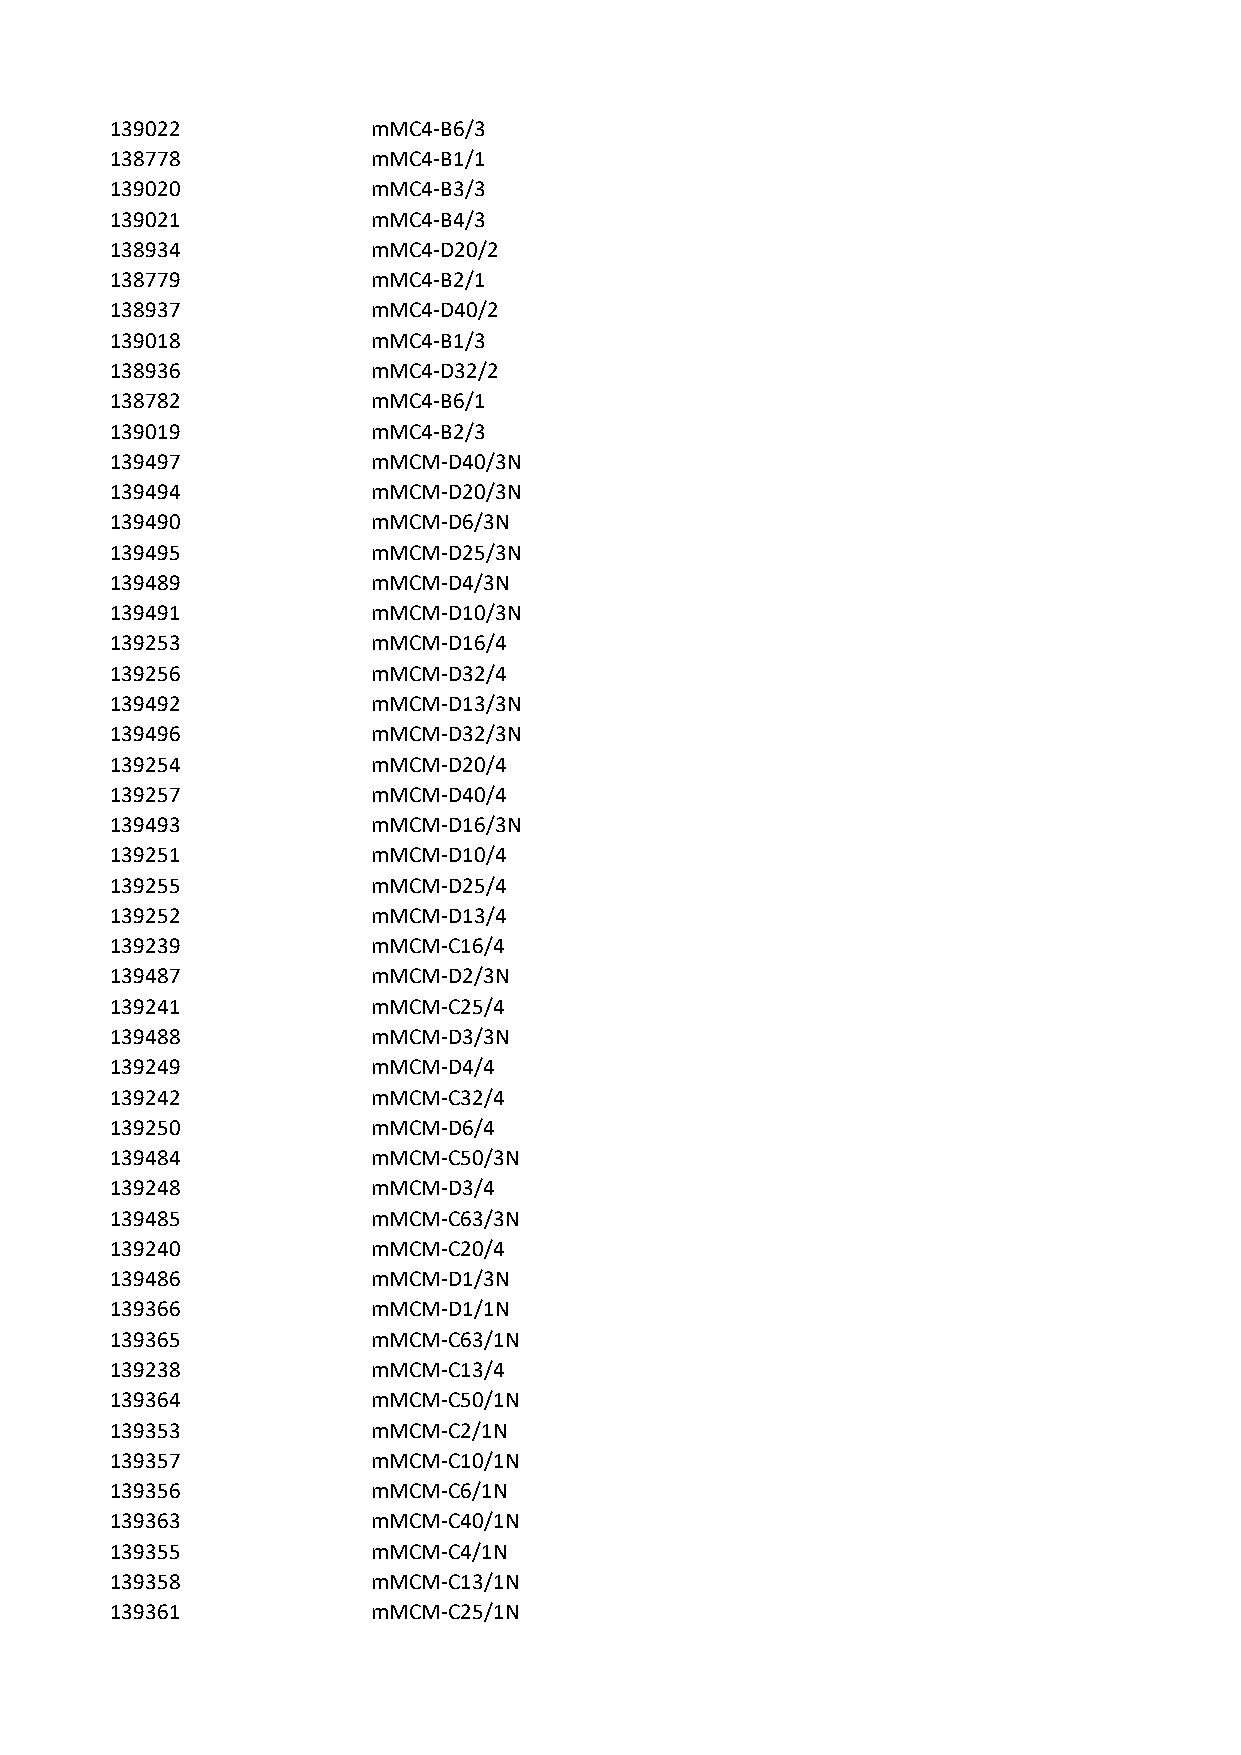
139022            mMC4-B6/3
 138778            mMC4-B1/1
 139020            mMC4-B3/3
 139021            mMC4-B4/3
 138934            mMC4-D20/2
 138779            mMC4-B2/1
 138937            mMC4-D40/2
 139018            mMC4-B1/3
 138936            mMC4-D32/2
 138782            mMC4-B6/1
 139019            mMC4-B2/3
 139497            mMCM-D40/3N
 139494            mMCM-D20/3N
 139490            mMCM-D6/3N
 139495            mMCM-D25/3N
 139489            mMCM-D4/3N
 139491            mMCM-D10/3N
 139253            mMCM-D16/4
 139256            mMCM-D32/4
 139492            mMCM-D13/3N
 139496            mMCM-D32/3N
 139254            mMCM-D20/4
 139257            mMCM-D40/4
 139493            mMCM-D16/3N
 139251            mMCM-D10/4
 139255            mMCM-D25/4
 139252            mMCM-D13/4
 139239            mMCM-C16/4
 139487            mMCM-D2/3N
 139241            mMCM-C25/4
 139488            mMCM-D3/3N
 139249            mMCM-D4/4
 139242            mMCM-C32/4
 139250            mMCM-D6/4
 139484            mMCM-C50/3N
 139248            mMCM-D3/4
 139485            mMCM-C63/3N
 139240            mMCM-C20/4
 139486            mMCM-D1/3N
 139366            mMCM-D1/1N
 139365            mMCM-C63/1N
 139238            mMCM-C13/4
 139364            mMCM-C50/1N
 139353            mMCM-C2/1N
 139357            mMCM-C10/1N
 139356            mMCM-C6/1N
 139363            mMCM-C40/1N
 139355            mMCM-C4/1N
 139358            mMCM-C13/1N
 139361            mMCM-C25/1N